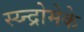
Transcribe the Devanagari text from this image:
स्य्न्द्रोमेके